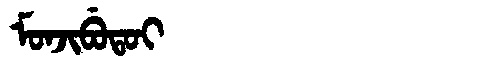
Manchu: ᠮᠣᠨᠵᡳᠪᡠᡨᠣᡳ
Romanization: MONJIBUTOI